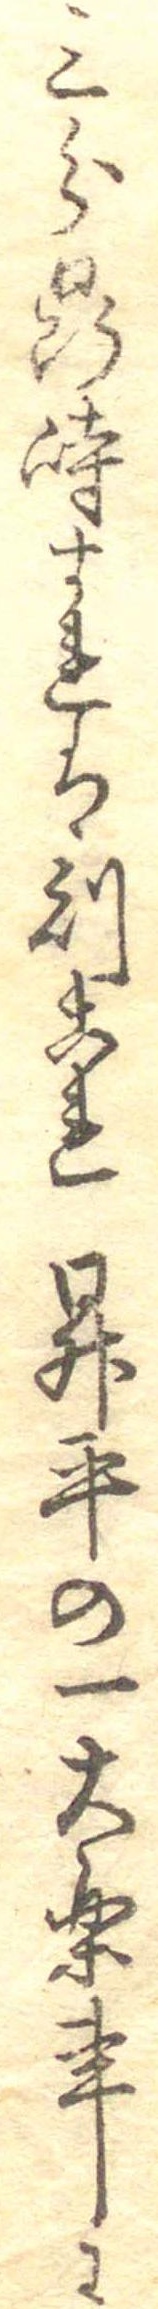
三分鼎峙すれは則これ昇平の一大楽事に